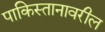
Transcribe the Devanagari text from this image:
पाकिस्तानावरील